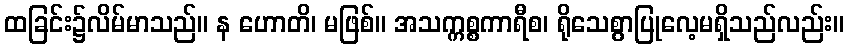
ထခြင်း၌လိမ်မာသည်။ န ဟောတိ၊ မဖြစ်။ အသက္ကစ္စကာရီစ၊ ရိုသေစွာပြုလေ့မရှိသည်လည်း။